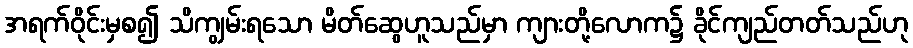
အရက်ဝိုင်းမှစ၍ သိကျွမ်းရသော မိတ်ဆွေဟူသည်မှာ ကျားတို့လောက၌ ခိုင်ကျည်တတ်သည်ဟု